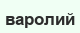
варолий